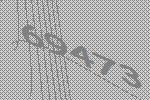
69473